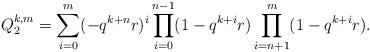
LaTeX: \begin{align*} Q_2^{k,m}=\sum_{i=0}^{m}(-q^{k+n}r)^i\prod_{i=0}^{n-1}(1-q^{k+i}r)\prod_{i=n+1}^m(1-q^{k+i}r).\end{align*}